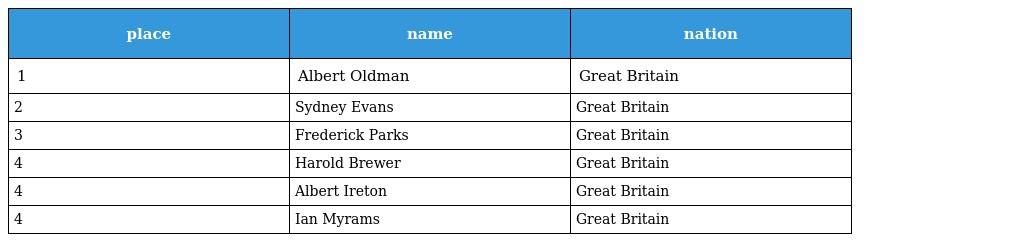
| place | name | nation |
 | --- | --- | --- |
 | 1 | Albert Oldman | Great Britain |
 | 2 | Sydney Evans | Great Britain |
 | 3 | Frederick Parks | Great Britain |
 | 4 | Harold Brewer | Great Britain |
 | 4 | Albert Ireton | Great Britain |
 | 4 | Ian Myrams | Great Britain |